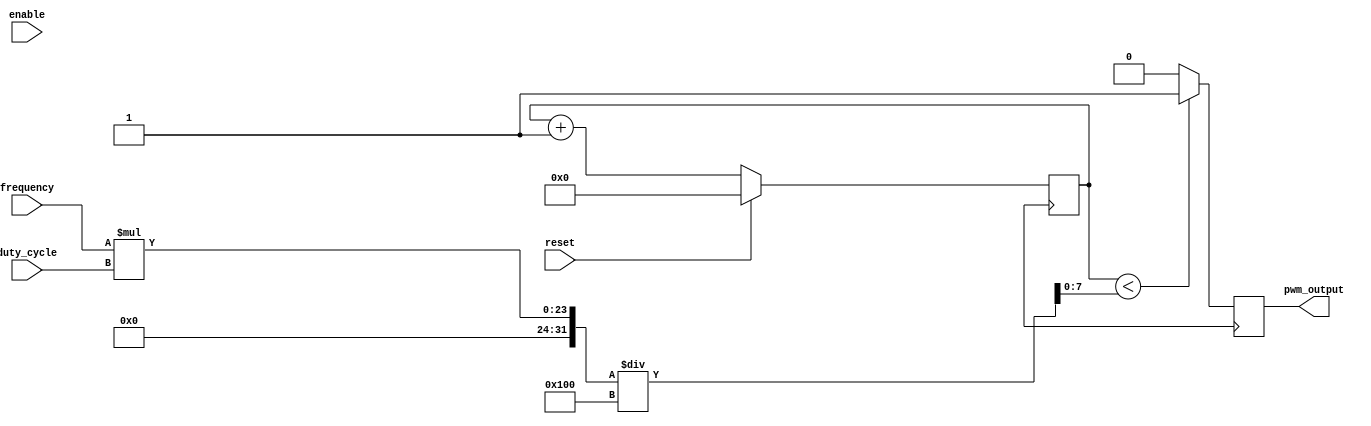
module PWM_generator(
    input wire enable, // enable signal to enable/disable PWM signal
    input wire reset, // reset signal to reset counter value
    input wire [7:0] duty_cycle, // input for desired duty cycle
    input wire [15:0] frequency, // input for desired frequency
    output reg pwm_output // PWM output signal
);

reg [15:0] counter; // counter to keep track of PWM signal period
reg [7:0] threshold; // threshold value for duty cycle

always @(posedge clk) begin
    if (reset) begin
        counter <= 16'd0;
    end else begin
        counter <= counter + 1;
    end
    
    if (counter < threshold) begin
        pwm_output <= 1'b1;
    end else begin
        pwm_output <= 1'b0;
    end
end

always @(duty_cycle) begin
    threshold <= (frequency * duty_cycle) / 256; // adjust duty cycle threshold based on input values
end

endmodule